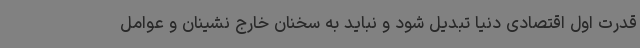
قدرت اول اقتصادی دنیا تبدیل شود و نباید به سخنان خارج نشینان و عوامل